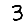
Digit: 3